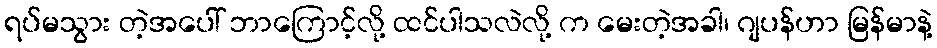
ရပ်မသွား တဲ့အပေါ် ဘာကြောင့်လို့ ထင်ပါသလဲလို့ က မေးတဲ့အခါ၊ ဂျပန်ဟာ မြန်မာနဲ့